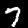
Label: 7